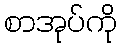
စာအုပ်ကို